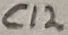
Text: C12